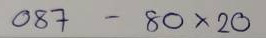
087 - 80 x 20